Vaccination in Bombay 1889-1901 - 1889-1901
Year: 1889
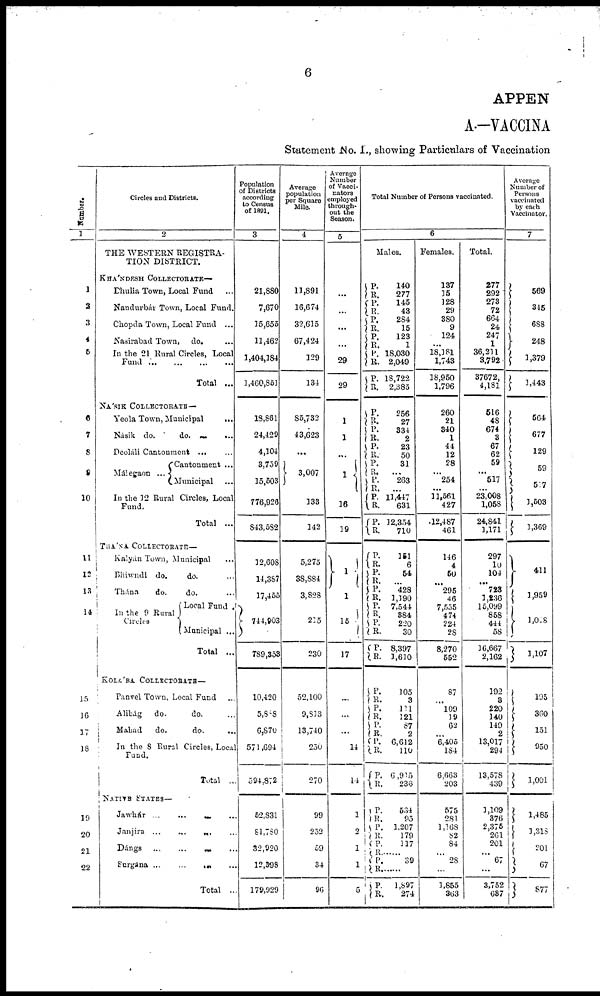
6
APPEN
A.—VACCINA
Statement No. I., showing Particulars of Vaccination
Number.
1
1
3
3
4
5
6
7
8
9
10
11
12
13
14
15
16
17
13
19
20
21
22
Circles and Districts.
2
THE WESTERN REGISTRA-
TION DISTRICT.
KHÁNDESH COLLECTORATE—
Dhulia Town, Local Fund ...
Nandurbár Town, Local Fund.
Chopda Town, Local Fund ...
Nasirabad Town, do. ...
In the 21 Rural Circles, Local
Fund ... ... ... ...
Total ...
NÁSIK COLLECTORATE —
Yeola Town, Municipal
...
Násik do.
do.
...
...
Deoláli Cantonment ... ...
Málegaon ...
Cantonment ...
Municipal
In the 12 Rural Circles, Local
Fund.
Total ...
THÁNA COLLECTORATE—
Kalyán Town, Municipal ...
Bhiwndi do.
do. ...
Thána
do.
do. ...
In the 9 Rural
Circles
Local Fund .
Municipal ...
Total ...
KOLÁBA COLLECTORATE—
Panvel Town, Local Fund ...
Alibág
do.
do. ...
Mahád
do.
do. ...
In the 8 Rural Circles, Local
Fund.
Total ...
NATIVE STATES—
Jawhár ...
... ... ...
Janjira ...
...
... ...
Dángs ...
...
... ...
Surgána ... ... ... ...
Total ...
Population
of Districts
according
to Census
of 1891.
3
21,880
7,670
15,655
11,462
1,404,184
1,460,851
18,861
24,429
4,104
3,759
15,503
776,926
843,582
12,608
14,387
17,455
744,903
789,353
10,420
5,888
6,870
571,094
594,872
52,831
81,780
32,920
12,398
179,929
Average
population
per Square
Mile.
4
11,891
16,674
32,615
67,424
129
134
85,732
43,623
...
3,007
133
142
5,275
38,884
3,828
215
230
52,100
9,813
13,740
250
270
99
252
59
34
96
Average
Number
of Vacci¬
nators
employed
through-
out the
Season.
5
...
...
...
...
29
29
1
1
...
1
16
19
1
1
15
17
...
...
...
14
14
1
2
1
1
5
Total Number of Persons vaccinated.
6
Males.
P.
R.
P.
R.
P.
R. P.
R. P.
R.
P.
R.
P.
R.
P.
R. P.
R.
P.
R.
P.
R.
P.
R.
P.
R.
P.
R.
P.
R.
P.
R.
P.
R. P.
R.
P.
R.
P.
R.
P.
R.
P.
R.
P.
R.
P.
R.
P.
R.
P.
R.
P.
R.
P.
R.
P.
R.
140
277
145
43
284
15
123
1
18,030
2,049
18,722
2,385
256
27
334
2
23
50
31
...
263
...
11,447
631
12,354
710
151
6
54
...
428
1,190
7,544
384
220
30
8,397
1,610
105
3
111
121
87
2
6,612
110
6,915
236
534
95
1,207
179
117
......
39
......
1,897
274
Females.
137
15
128
29
380
9
124
...
18,181
1,743
18,950
1,796
260
21
340
1
44
12
28
...
254
...
11,561
427
12,487
461
146
4
50
...
295
46
7,555
474
224
28
8,270
552
87
...
109
19
62
... 6,405
184
6,663
203
575
281
1,168
82
84
...
28
......
1,855
363
Total.
277
292
273
72
664
24
247
1
36,211
3,792
37672,
4,181
516
48
674
3
67
62
59
...
517
...
23,008
1,058
24,841
1,171
297
10
104
...
723
1,236
l5,099
858
444
58
16,667
2,162
192
8
220
140
149
2
13,017
294
13,578
439
1,109
376
2,375
261
201
...
67
...
3,752
687
Average
Number of
Persons
vaccinated
by each
Vaccinator.
7
569
345
688
248
1,379
1,443
564
677
129
59
517
1,503
1,369
411
1,959
1,028
1,107
195
360
151
950
1,001
1,485
1,318
201
67
877